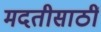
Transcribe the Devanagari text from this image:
मदतीसाठीं